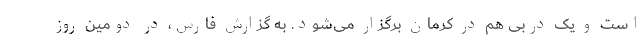
است و یک دربی هم در کرمان برگزار می‌شود. به گزارش فارس، در دومین روز